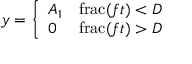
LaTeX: y = { \left\{ \begin{array} { l l } { A _ { 1 } } & { \operatorname { f r a c } ( f t ) < D } \\ { 0 } & { \operatorname { f r a c } ( f t ) > D } \end{array} \right. }